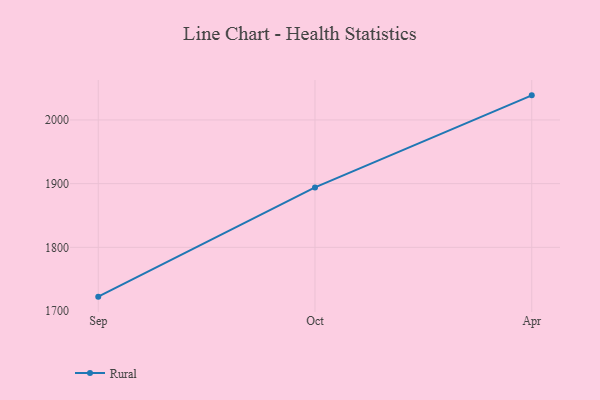
{"axis": {"x": "Month", "y": "Headcount"}, "legend": ["Rural"], "data": [{"x": "Sep", "y": 1722.6, "type": "Rural"}, {"x": "Oct", "y": 1894.1, "type": "Rural"}, {"x": "Apr", "y": 2038.6, "type": "Rural"}]}